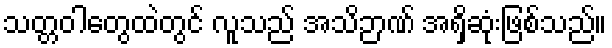
သတ္တဝါတွေထဲတွင် လူသည် အသိဉာဏ် အရှိဆုံးဖြစ်သည်။